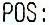
POS: